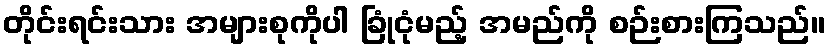
တိုင်းရင်းသား အများစုကိုပါ ခြုံငုံမည့် အမည်ကို စဉ်းစားကြသည်။